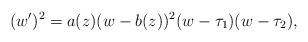
LaTeX: \begin{align*} (w')^2 = a(z)(w-b(z))^2(w-\tau_1)(w-\tau_2), \end{align*}